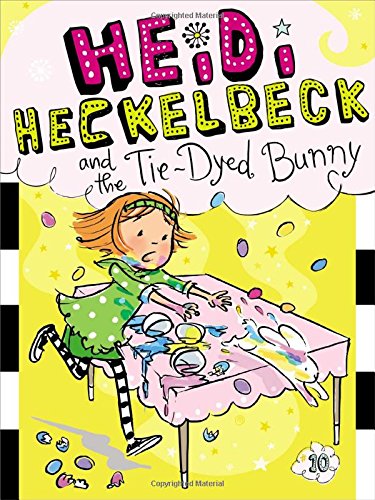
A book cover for Heidi Heckelbeck and the Tie-Dyed Bunny; Wanda Coven; Children's Books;